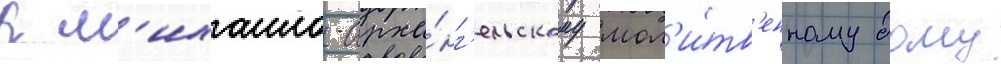
к м'ихаило-арха́нг'ельскому мол'и́тв'енному дому